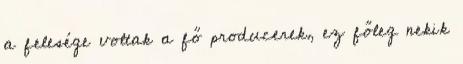
a felesége voltak a fő producerek, ez főleg nekik